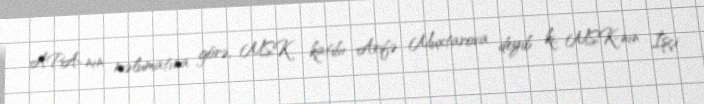
APA-nın məlumatına görə, MSK katibi Arifə Muxtarova deyib ki, MSK-nın İşçi